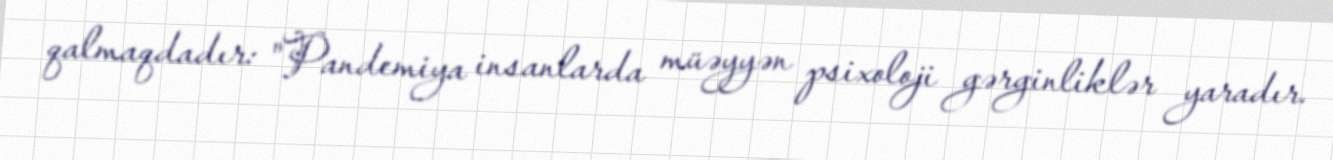
qalmaqdadır: "Pandemiya insanlarda müəyyən psixoloji gərginliklər yaradır.